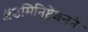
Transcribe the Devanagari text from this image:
ॲडमिनिष्ट्रेशनने